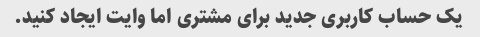
یک حساب کاربری جدید برای مشتری اما وایت ایجاد کنید.